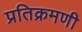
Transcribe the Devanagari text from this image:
प्रतिक्रमणी